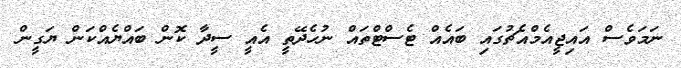
ނަމަވެސް އައިޖީއެމްއެޗުގައި ބައެއް ޓެސްޓްތައް ނުހެދޭތީ އެއީ ސީދާ ކޮން ބައްޔެއްކަން ޔަގީން